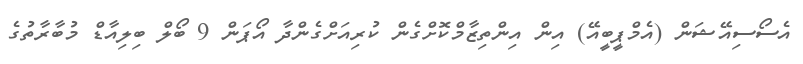
އެސޯސިއޭޝަން (އެމްޕީބީއޭ) އިން އިންތިޒާމްކޮށްގެން ކުރިއަށްގެންދާ އޯޕަން 9 ބޯލް ބިލިއާޑް މުބާރާތުގެ